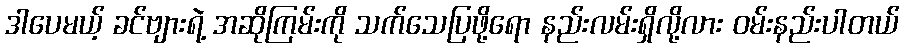
ဒါပေမယ့် ခင်ဗျားရဲ့ အဆိုကြမ်းကို သက်သေပြဖို့ရော နည်းလမ်းရှိလို့လား ဝမ်းနည်းပါတယ်